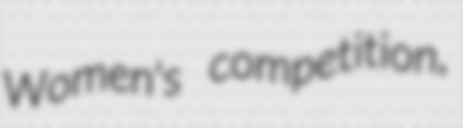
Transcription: Women's competition,